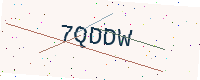
Text: 7QDDW